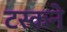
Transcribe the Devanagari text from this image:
टस्कने